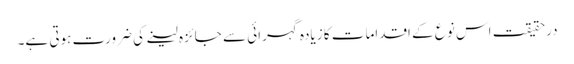
درحقیقت اس نوع کے اقدامات کا زیادہ گہرائی سے جائزہ لینے کی ضرورت ہوتی ہے۔